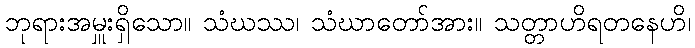
ဘုရားအမှူးရှိသော။ သံဃဿ၊ သံဃာတော်အား။ သတ္တာဟိရတနေဟိ၊